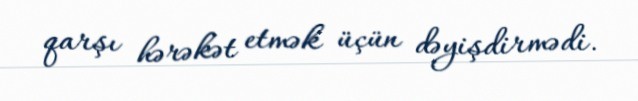
qarşı hərəkət etmək üçün dəyişdirmədi.